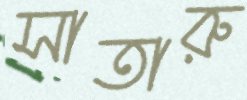
সাতারু